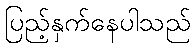
ပြည့်နှက်နေပါသည်